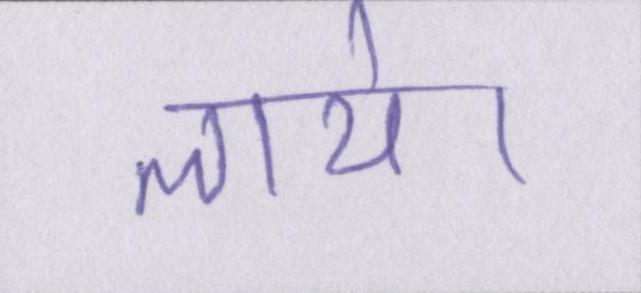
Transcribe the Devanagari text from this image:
लाये।